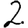
Digit: 2